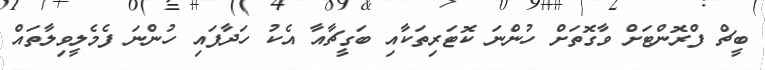
ބީޗް ފްރޮންޓަށް ވާގޮތަށް ހުންނަ ކޮޓަރިތަކާއި ބަގީޗާއާ އެކު ހަދާފައި ހުންނަ ފެމެލީވިލާތައް